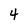
Character: 4